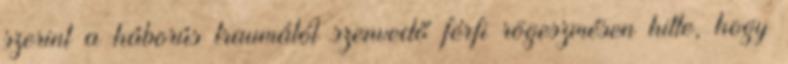
szerint a háborús traumától szenvedő férfi rögeszmésen hitte, hogy